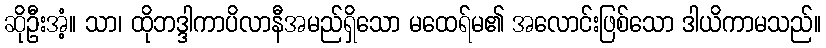
ဆိုဦးအံ့။ သာ၊ ထိုဘဒ္ဒါကာပိလာနီအမည်ရှိသော မထေရ်မ၏ အလောင်းဖြစ်သော ဒါယိကာမသည်။